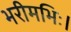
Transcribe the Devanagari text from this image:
भरीमभिः।